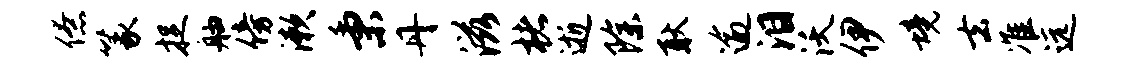
僚篆捉舳傍漱秉丹滋楮逝除耿逾泪沃伊境去准远